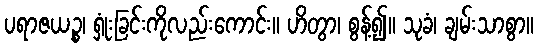
ပရာဇယဉ္စ၊ ရှုံးခြင်းကိုလည်းကောင်း။ ဟိတွာ၊ စွန့်၍။ သုခံ၊ ချမ်းသာစွာ။